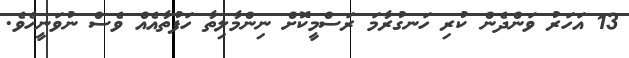
13 އަހަރު ވަންދެން ކުރި ހަނގުރާމަ ރަސްމީކޮށް ނިންމާލިތާ ހަފުތާއެއް ވެސް ނުވަނީހެވެ.